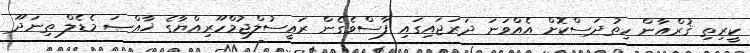
ކީރިތި ޤުރްއާން ހިތުދަސްކޮށް އެއްވަނަ ދަރަޖައިގައި ފާސްވެގެން ރައީސުލްޖުމްހޫރިއްޔާގެ ޚާއްޞަ މެޑެލް ތިނަދޫ